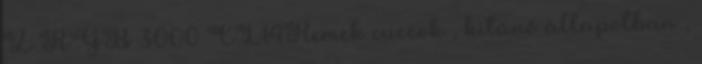
Z RGB 3000 CL14Remek cuccok , kitűnő állapotban ,